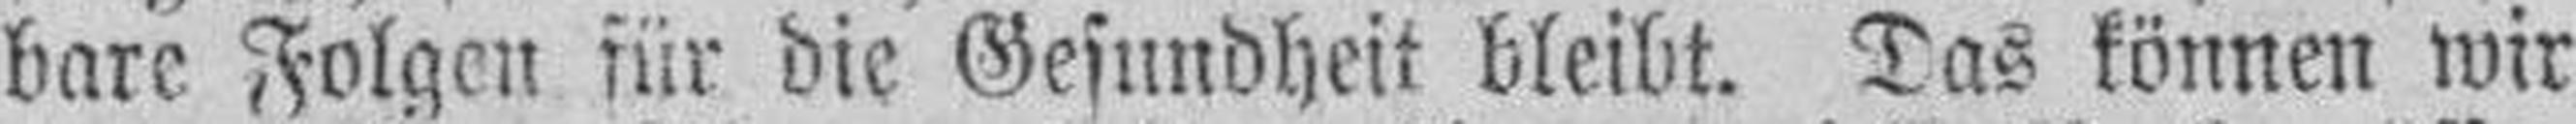
bare Folgen für die Gesundheit bleibt. Das können wir